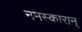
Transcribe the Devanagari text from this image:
नमस्कारान्